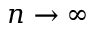
n \rightarrow \infty